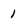
Character: 1